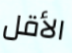
الأقل